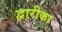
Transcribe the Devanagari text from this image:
द्वारीका